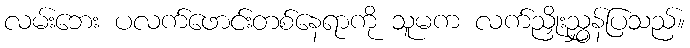
လမ်းဘေး ပလက်ဖောင်းတစ်နေရာကို သူမက လက်ညှိုးညွှန်ပြသည်။